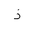
Letter: _thal